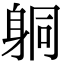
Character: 𨈹